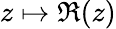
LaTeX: z\mapsto\Re(z)